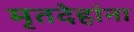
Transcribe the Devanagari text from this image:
मृतदेहांना